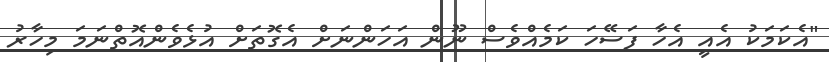
"އެކަމަކު އެއީ އެހާ ފަސޭހަ ކަމެއްވެސް ނޫން އަހަންނަށް އެގޮތަށް އުޅެވެންއޮތްނަމަ މިހާރު